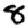
Digit: 8